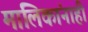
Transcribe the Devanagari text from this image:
मालिकांनाही